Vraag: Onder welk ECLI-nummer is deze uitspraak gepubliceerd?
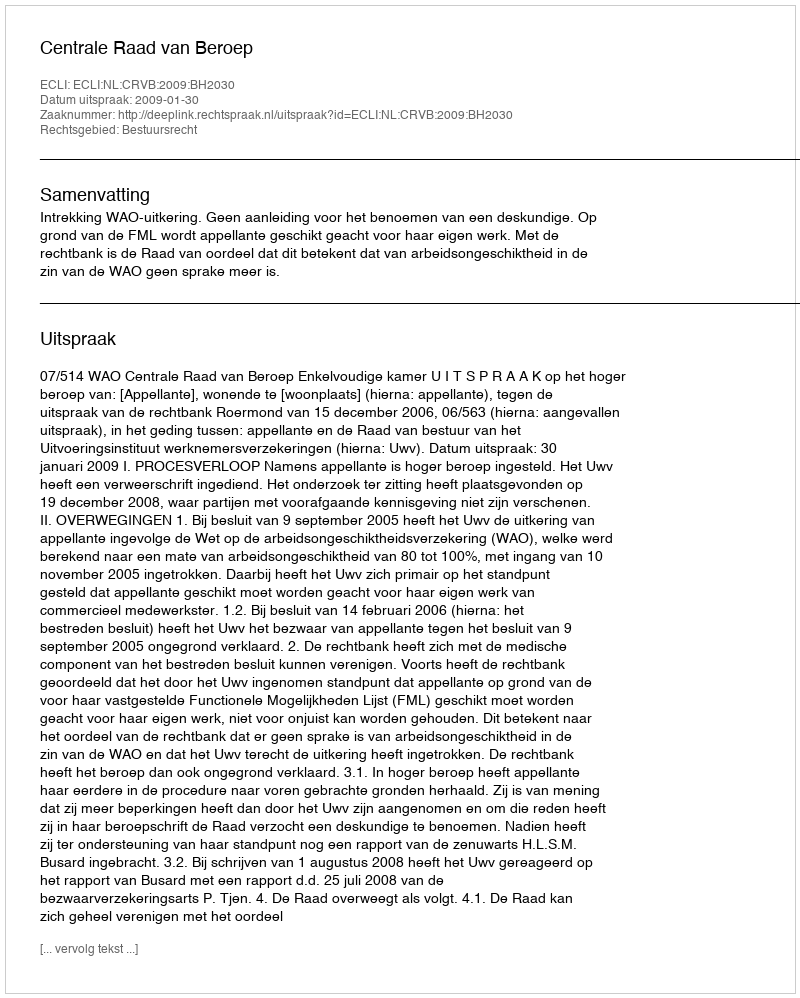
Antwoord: ECLI:NL:CRVB:2009:BH2030